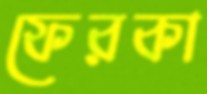
ফেরকা